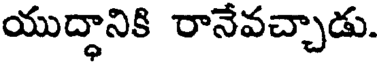
యుద్ధానికి రానేవచ్చాడు.